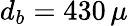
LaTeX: d_{b}=430\, \mu